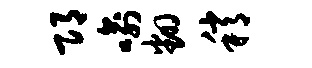
邛喻翻稍